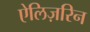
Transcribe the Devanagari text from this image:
ऐलिज़रिन